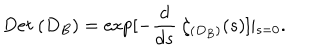
D e t \ ( D _ { B } ) = \exp [ - \frac d { d s } \ \zeta _ { ( D _ { B } ) } ( s ) ] \vert _ { s = 0 } .